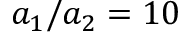
a _ { 1 } / a _ { 2 } = 1 0